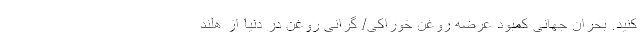
کنید. بحران جهانی کمبود عرضه روغن خوراکی/ گرانی روغن در دنیا از هلند